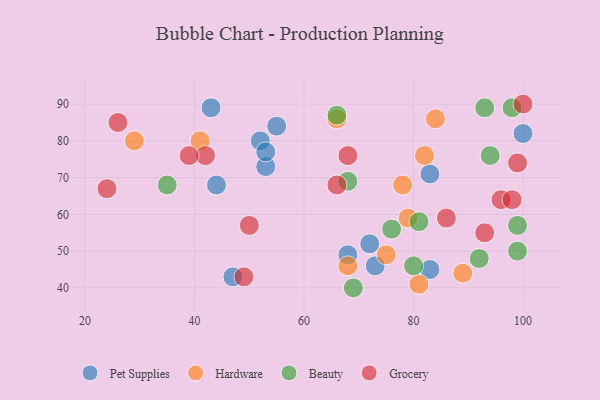
{"axis": {"x": "GDP", "y": "Life Expectancy"}, "legend": ["Beauty", "Grocery", "Hardware", "Pet Supplies"], "data": [{"x": "72", "y": 52, "type": "Pet Supplies"}, {"x": "83", "y": 45, "type": "Pet Supplies"}, {"x": "43", "y": 89, "type": "Pet Supplies"}, {"x": "53", "y": 73, "type": "Pet Supplies"}, {"x": "52", "y": 80, "type": "Pet Supplies"}, {"x": "68", "y": 49, "type": "Pet Supplies"}, {"x": "53", "y": 77, "type": "Pet Supplies"}, {"x": "73", "y": 46, "type": "Pet Supplies"}, {"x": "47", "y": 43, "type": "Pet Supplies"}, {"x": "100", "y": 82, "type": "Pet Supplies"}, {"x": "55", "y": 84, "type": "Pet Supplies"}, {"x": "44", "y": 68, "type": "Pet Supplies"}, {"x": "83", "y": 71, "type": "Pet Supplies"}, {"x": "68", "y": 46, "type": "Hardware"}, {"x": "79", "y": 59, "type": "Hardware"}, {"x": "66", "y": 86, "type": "Hardware"}, {"x": "78", "y": 68, "type": "Hardware"}, {"x": "89", "y": 44, "type": "Hardware"}, {"x": "41", "y": 80, "type": "Hardware"}, {"x": "84", "y": 86, "type": "Hardware"}, {"x": "81", "y": 41, "type": "Hardware"}, {"x": "75", "y": 49, "type": "Hardware"}, {"x": "82", "y": 76, "type": "Hardware"}, {"x": "29", "y": 80, "type": "Hardware"}, {"x": "66", "y": 87, "type": "Beauty"}, {"x": "81", "y": 58, "type": "Beauty"}, {"x": "76", "y": 56, "type": "Beauty"}, {"x": "99", "y": 57, "type": "Beauty"}, {"x": "98", "y": 89, "type": "Beauty"}, {"x": "93", "y": 89, "type": "Beauty"}, {"x": "69", "y": 40, "type": "Beauty"}, {"x": "94", "y": 76, "type": "Beauty"}, {"x": "35", "y": 68, "type": "Beauty"}, {"x": "99", "y": 50, "type": "Beauty"}, {"x": "68", "y": 69, "type": "Beauty"}, {"x": "92", "y": 48, "type": "Beauty"}, {"x": "80", "y": 46, "type": "Beauty"}, {"x": "42", "y": 76, "type": "Grocery"}, {"x": "50", "y": 57, "type": "Grocery"}, {"x": "24", "y": 67, "type": "Grocery"}, {"x": "100", "y": 90, "type": "Grocery"}, {"x": "96", "y": 64, "type": "Grocery"}, {"x": "39", "y": 76, "type": "Grocery"}, {"x": "49", "y": 43, "type": "Grocery"}, {"x": "99", "y": 74, "type": "Grocery"}, {"x": "86", "y": 59, "type": "Grocery"}, {"x": "66", "y": 68, "type": "Grocery"}, {"x": "93", "y": 55, "type": "Grocery"}, {"x": "68", "y": 76, "type": "Grocery"}, {"x": "98", "y": 64, "type": "Grocery"}, {"x": "26", "y": 85, "type": "Grocery"}]}